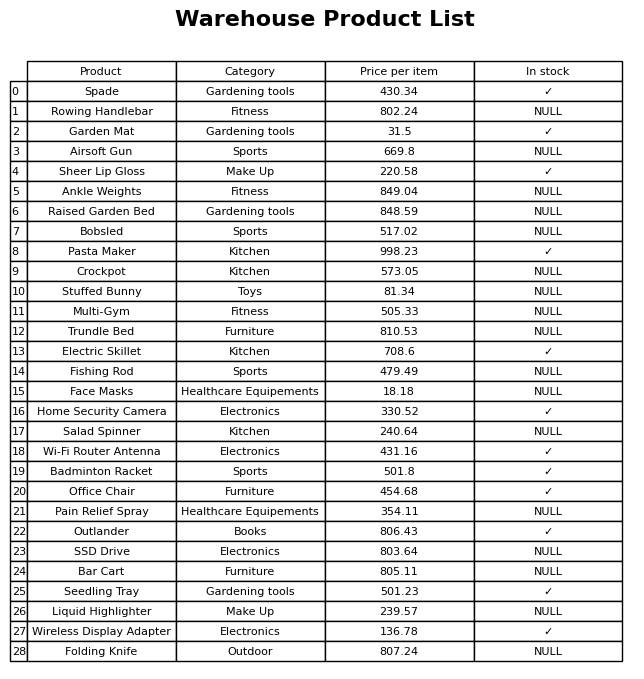
question: Is the Trundle Bed in stock?
answer: NULL